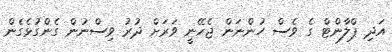
އަދި ޕްލާންޓް ގެ ވެސް ހުންނަން ޖެހޭނީ ވަަރަށް ދުރު ވިސްނުން ގެންގުޅެގެން